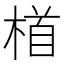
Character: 𪳂